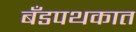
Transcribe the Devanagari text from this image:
बँडपथकात